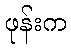
ဖုန်းက